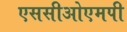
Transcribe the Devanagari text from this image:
एससीओएमपी